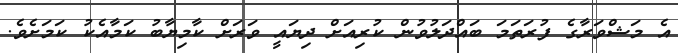
އެ މަޝްވަރާގެ ފުރަތަމަ ބައްދަލުވުން ކުރިއަށް ދިޔައީ ވަރަށް ކާމިޔާބު ކަމާއެކު ކަމަށެވެ.